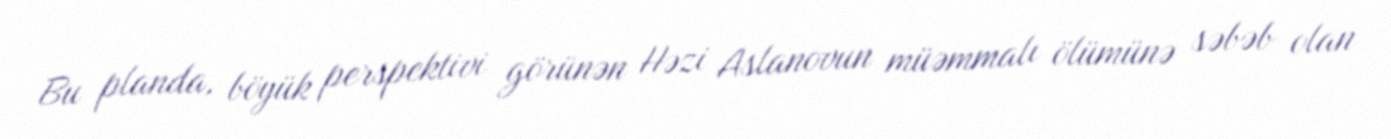
Bu planda, böyük perspektivi görünən Həzi Aslanovun müəmmalı ölümünə səbəb olan